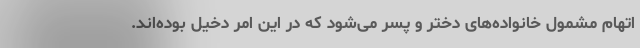
اتهام مشمول خانواده‌های دختر و پسر می‌شود که در این امر دخیل بوده‌اند.